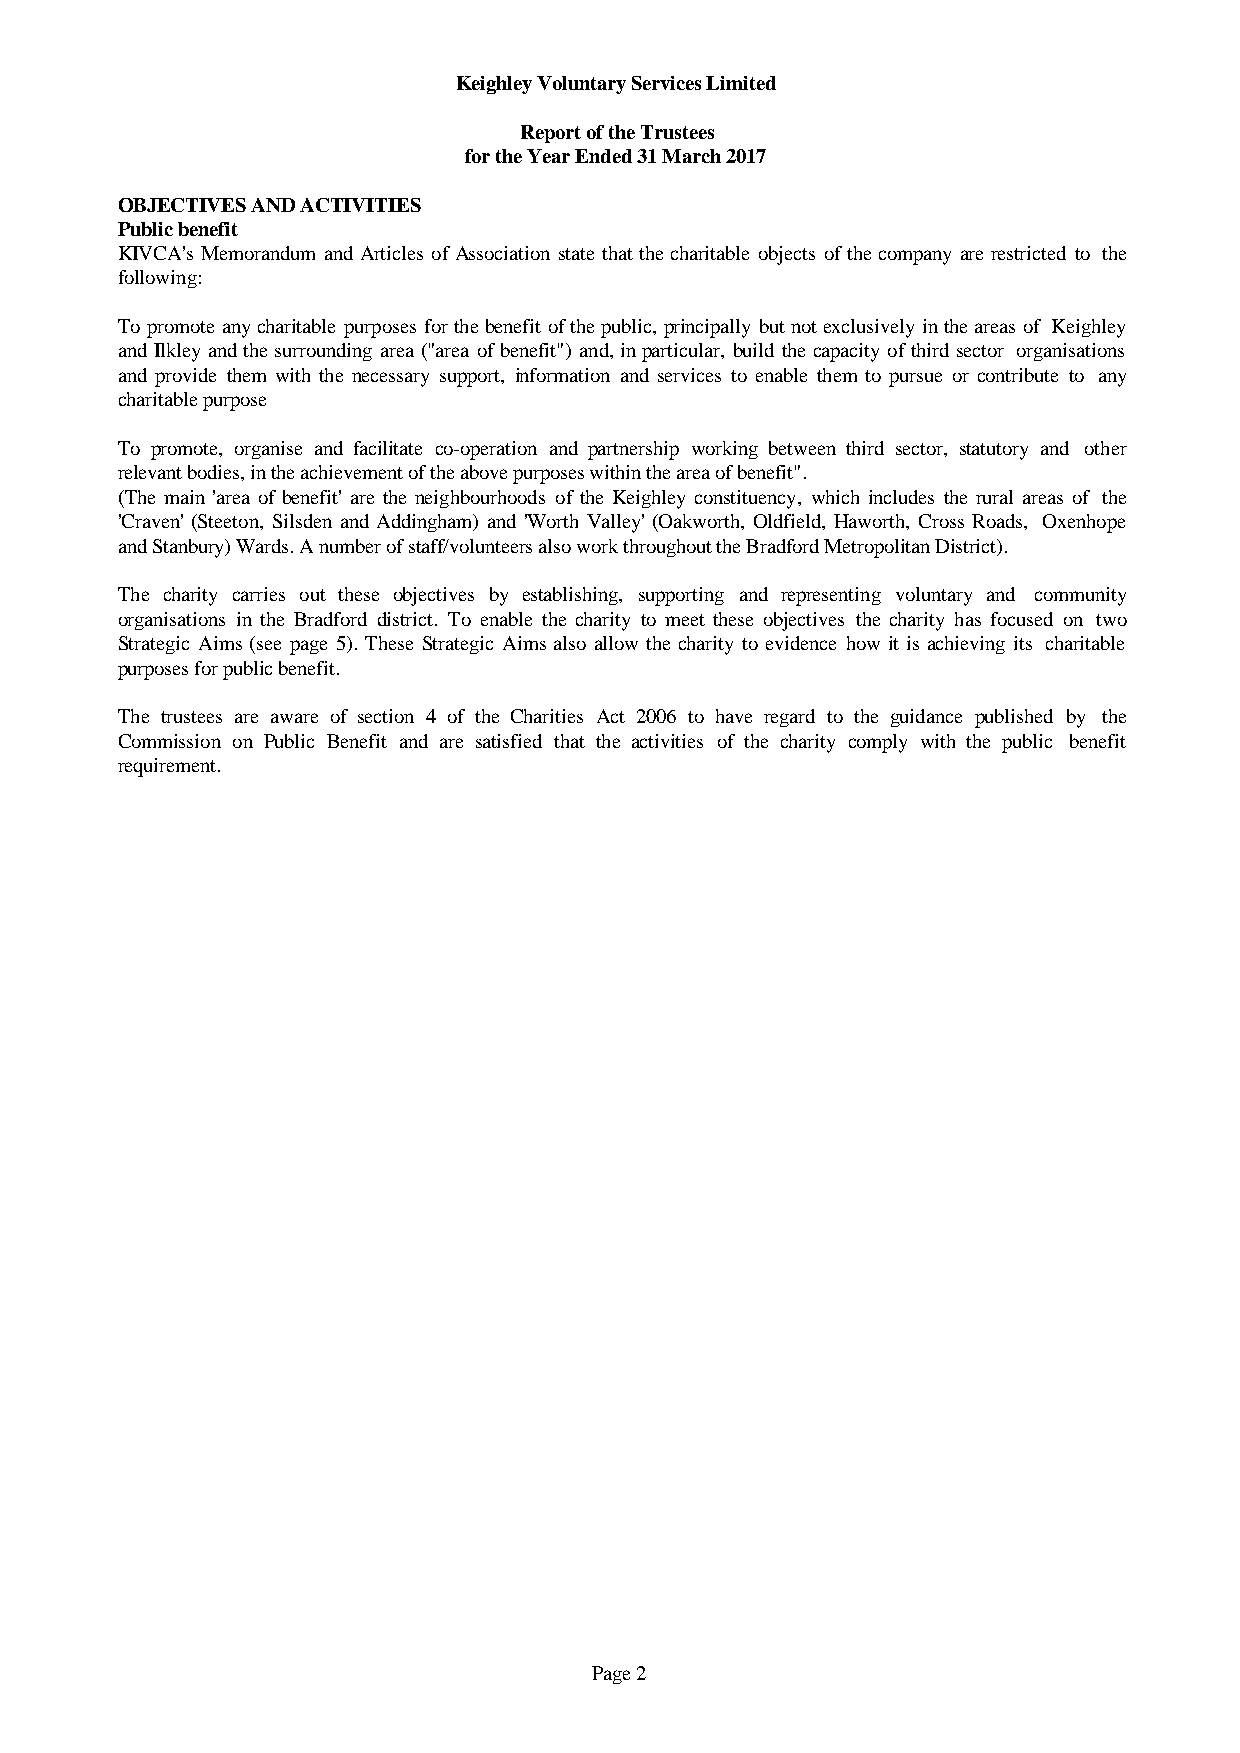
Keighley Voluntary Services Limited
 Report of the Trustees
 for the Year Ended 31 March 2017
 OBJECTIVES AND ACTIVITIES
 Public benefit
 KIVCA'sMemorandumandArticlesofAssociationstatethatthecharitableobjects ofthecompanyarerestricted to the
 following:
 Topromoteanycharitablepurposesforthebenefitofthepublic,principallybutnotexclusivelyintheareasof Keighley
 andIlkleyandthesurroundingarea("area ofbenefit")and,inparticular,buildthecapacityofthirdsector organisations
 and provide them with the necessary support, information and services to enable them to pursue or contribute to any
 charitable purpose
 To promote, organise and facilitate co-operation and partnership working between third sector, statutory and other
 relevant bodies, in the achievement of the above purposes within the area of benefit".
 (The main 'area of benefit' are the neighbourhoods of the Keighley constituency, whichincludes the rural areas of the
 'Craven'(Steeton, Silsden and Addingham)and 'Worth Valley'(Oakworth,Oldfield, Haworth,Cross Roads, Oxenhope
 and Stanbury) Wards. A number of staff/volunteers also work throughout the Bradford Metropolitan District).
 The charity carries out these objectives by establishing, supporting and representing voluntary and community
 organisations in the Bradford district. To enable the charity to meet these objectives the charity has focused on two
 Strategic Aims(see page 5). These Strategic Aimsalso allow the charity to evidence how it is achieving its charitable
 purposes for public benefit.
 The trustees are aware of section 4 of the Charities Act 2006 to have regard to the guidance published by the
 Commission on Public Benefit and are satisfied that the activities of the charity comply with the public benefit
 requirement.
 Page 2